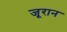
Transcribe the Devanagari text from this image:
जूरान